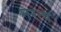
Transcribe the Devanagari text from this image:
नरत्व